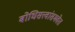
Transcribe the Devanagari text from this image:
बोधिसत्त्वांसमवेत